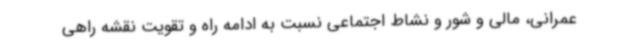
عمرانی، مالی و شور و نشاط اجتماعی نسبت به ادامه راه و تقویت نقشه راهی